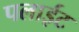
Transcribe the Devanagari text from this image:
पलाईट